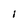
Character: I